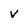
Character: v